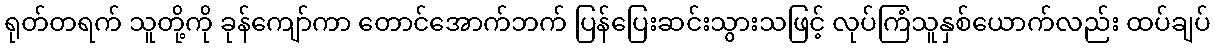
ရုတ်တရက် သူတို့ကို ခုန်ကျော်ကာ တောင်အောက်ဘက် ပြန်ပြေးဆင်းသွားသဖြင့် လုပ်ကြံသူနှစ်ယောက်လည်း ထပ်ချပ်